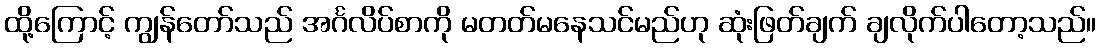
ထို့ကြောင့် ကျွန်တော်သည် အင်္ဂလိပ်စာကို မတတ်မနေသင်မည်ဟု ဆုံးဖြတ်ချက် ချလိုက်ပါတော့သည်။